Vaccination in the Punjab 1919-1929 - 1919-1929
Year: 1919
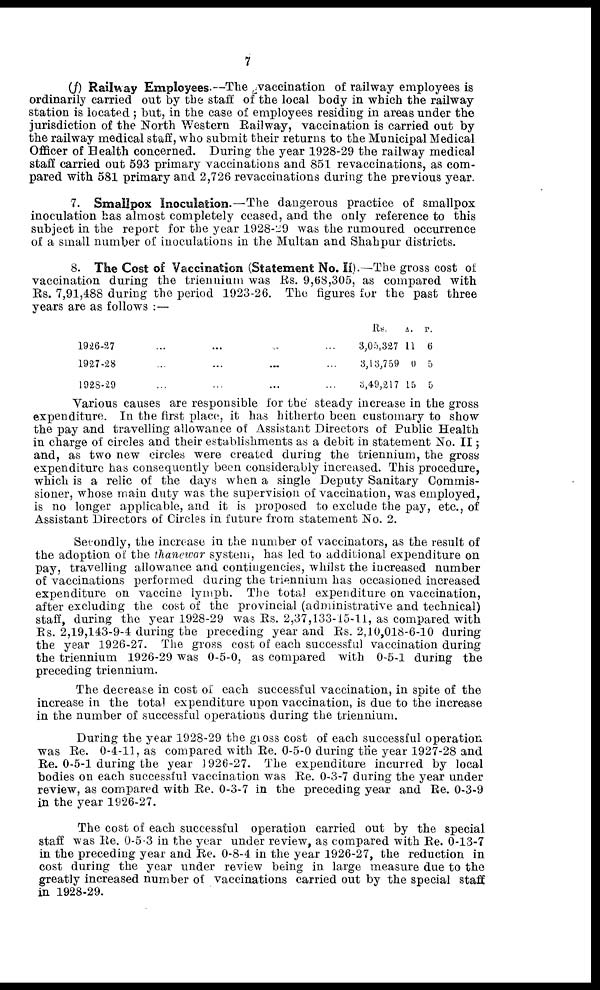
7
(f) Railway Employees.—The vaccination of railway employees is
ordinarily carried out by the staff of the local body in which the railway
station is located; but, in the case of employees residing in areas under the
jurisdiction of the North Western Railway, vaccination is carried out by
the railway medical staff, who submit their returns to the Municipal Medical
Officer of Health concerned. During the year 1928-29 the railway medical
staff carried out 593 primary vaccinations and 851 revaccinations, as com-
pared with 581 primary and 2,726 revaccinations during the previous year.
7. Smallpox Inoculation.—The dangerous practice of smallpox
inoculation has almost completely ceased, and the only reference to this
subject in the report for the year 1928-29 was the rumoured occurrence
of a small number of inoculations in the Multan and Shahpur districts.
8. The Cost of Vaccination (Statement No. II).—The gross cost of
vaccination during the triennium was Rs. 9,68,305, as compared with
Rs. 7,91,488 during the period 1923-26. The figures for the past three
years are as follows :—
1926-27 ... ... ... ...
1927-28 ... ... ... ...
1928-29 ... ... ... ...
Rs.
3,05,327
3,13,759
3,49,217
A.
11
0
15
P.
6
5
5
Various causes are responsible for the steady increase in the gross
expenditure. In the first place, it has hitherto been customary to show
the pay and travelling allowance of Assistant Directors of Public Health
in charge of circles and their establishments as a debit in statement No. II;
and, as two new circles were created during the triennium, the gross
expenditure has consequently been considerably increased. This procedure,
which is a relic of the days when a single Deputy Sanitary Commis-
sioner, whose main duty was the supervision of vaccination, was employed,
is no longer applicable, and it is proposed to exclude the pay, etc., of
Assistant Directors of Circles in future from statement No. 2.
Secondly, the increase in the number of vaccinators, as the result of
the adoption of the thanewar system, has led to additional expenditure on
pay, travelling allowance and contingencies, whilst the increased number
of vaccinations performed during the triennium has occasioned increased
expenditure on vaccine lymph. The total expenditure on vaccination,
after excluding the cost of the provincial (administrative and technical)
staff, during the year 1928-29 was Rs. 2,37,133-15-11, as compared with
Rs. 2,19,143-9-4 during the preceding year and Rs. 2,10,018-6-10 during
the year 1926-27. The gross cost of each successful vaccination during
the triennium 1926-29 was 0-5-0, as compared with 0-5-1 during the
preceding triennium.
The decrease in cost of each successful vaccination, in spite of the
increase in the total expenditure upon vaccination, is due to the increase
in the number of successful operations during the triennium.
During the year 1928-29 the gross cost of each successful operation
was Re. 0-4-11, as compared with Re. 0-5-0 during the year 1927-28 and
Re. 0-5-1 during the year 1926-27. The expenditure incurred by local
bodies on each successful vaccination was Re. 0-3-7 during the year under
review, as compared with Re. 0-3-7 in the preceding year and Re. 0-3-9
in the year 1926-27.
The cost of each successful operation carried out by the special
staff was Re. 0-5-3 in the year under review, as compared with Re. 0-13-7
in the preceding year and Re. 0-8-4 in the year 1926-27, the reduction in
cost during the year under review being in large measure due to the
greatly increased number of vaccinations carried out by the special staff
in 1928-29.